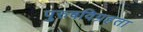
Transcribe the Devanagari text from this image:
पुरुषविग्रहता